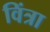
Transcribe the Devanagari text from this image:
विंत्रा